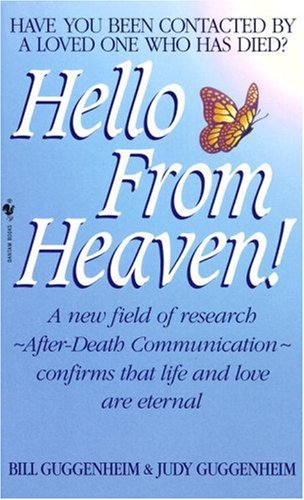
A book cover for Hello from Heaven: A New Field of Research-After-Death Communication Confirms That Life and Love Are Eternal; Bill Guggenheim; Religion & Spirituality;